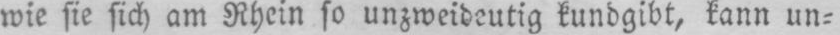
wie sie sich am Rhein so unzweideutig kundgibt, kann un⸗